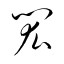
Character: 閎